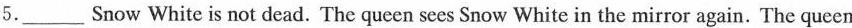
5.___ Snow White is not dead. The queen sees Snow White in the mirror again. The queen